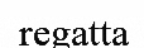
regatta